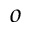
o